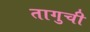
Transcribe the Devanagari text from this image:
तागुची